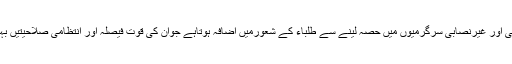
انہوں نے کہاکہ ہم نصابی اور غیرنصابی سرگرمیوں میں حصہ لینے سے طلباء کے شعورمیں اضافہ ہوتاہے جوان کی قوت فیصلہ اور انتظامی صلاحیتیں بہتربنانے کاباعث بنتاہے۔